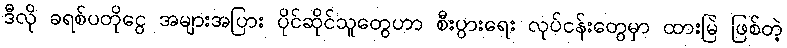
ဒီလို ခရစ်ပတိုငွေ အများအပြား ပိုင်ဆိုင်သူတွေဟာ စီးပွားရေး လုပ်ငန်းတွေမှာ ထားမြဲ ဖြစ်တဲ့